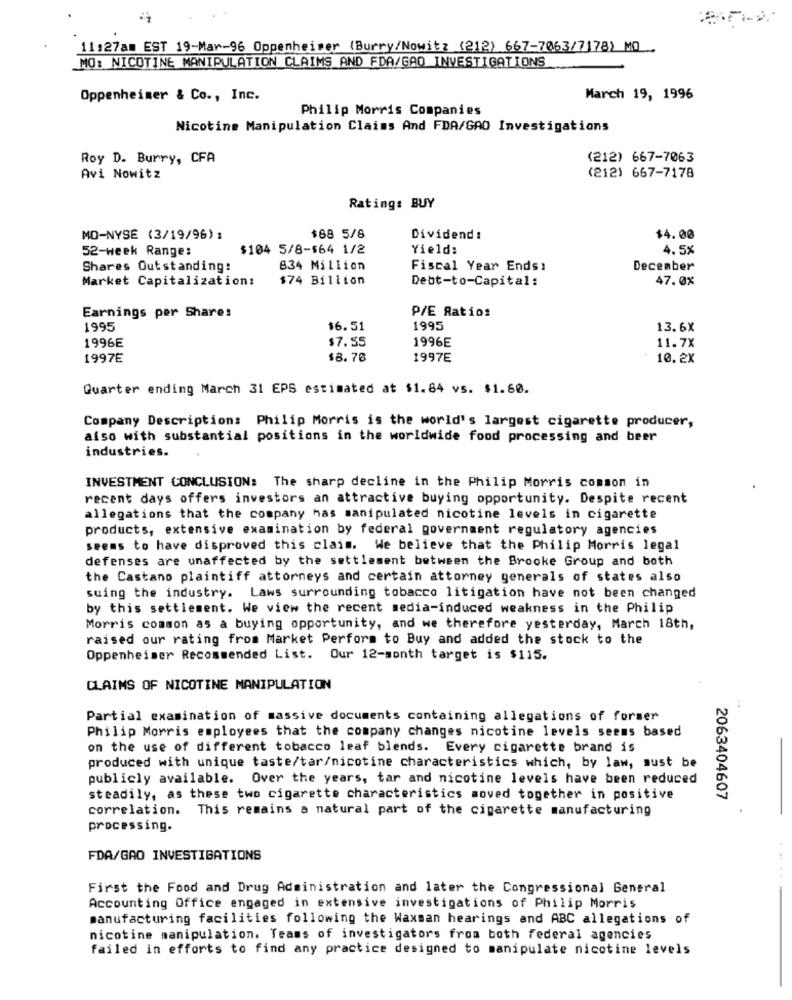
11:27am EST 19-Mar-96 Oppenheimer (Burry/Nowitz (212) 667-7063/7178) MO ..
MO: NICOTINE MANIPULATION CLAIMS AND FDA/GAD INVESTIGATIONS
Oppenheimer & Co ., Inc.
March 19, 1996
Philip Morris Companies
Nicotine Manipulation Claims And FDA/GAO Investigations
Roy D. Burry, CFA
(212) 667-7063
Avi Nowitz
(212) 667-7178
Rating: BUY
MO-NYSE (3/19/96) :
$68 5/8
Dividend :
$4.00
52-week Range:
$104 5/8-$64 1/2
Yield:
4.5%
Shares Outstanding:
834 Million
Fiscal Year Ends:
December
Market Capitalization:
$74 Billion
Debt-to-Capital:
47.0%
P/E Ratio:
Earnings per Share:
1995
$6.51
1995
13.6X
1996E
$7.55
1996E
11.7X
1997E
$8.70
1997E
10.2X
Quarter ending March 31 EPS estimated at $1.84 vs. $1.60.
Company Description: Philip Morris is the world's largest cigarette producer,
also with substantial positions in the worldwide food processing and beer
industries.
INVESTMENT CONCLUSION: The sharp decline in the Philip Morris common in
recent days offers investors an attractive buying opportunity. Despite recent
allegations that the company has manipulated nicotine levels in cigarette
products, extensive examination by federal government regulatory agencies
seems to have disproved this claim. We believe that the Philip Morris legal
defenses are unaffected by the settlement between the Brooke Group and both
the Castano plaintiff attorneys and certain attorney generals of states also
suing the industry. Laws surrounding tobacco litigation have not been changed
by this settlement. We view the recent media-induced weakness in the Philip
Morris common as a buying opportunity, and we therefore yesterday, March 18th,
raised our rating from Market Perform to Buy and added the stock to the
Oppenheimer Recommended List. Our 12-month target is $115.
CLAIMS OF NICOTINE MANIPULATION
..
Partial examination of massive documents containing allegations of former
Philip Morris employees that the company changes nicotine levels seems based
on the use of different tobacco leaf blends. Every cigarette brand is
produced with unique taste/tar/nicotine characteristics which, by law, must be
publicly available. Over the years, tar and nicotine levels have been reduced
steadily, as these two cigarette characteristics moved together in positive
2063404607
correlation. This remains a natural part of the cigarette manufacturing
processing.
FDA/GAO INVESTIGATIONS
First the Food and Drug Administration and later the Congressional General
Accounting Office engaged in extensive investigations of Philip Morris
manufacturing facilities following the Waxman hearings and ABC allegations of
nicotine manipulation. Teams of investigators from both federal agencies
failed in efforts to find any practice designed to manipulate nicotine levels